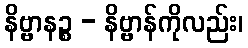
နိဗ္ဗာနဉ္စ - နိဗ္ဗာန်ကိုလည်း၊